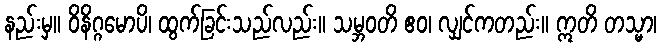
နည်းမှ။ ဝိနိဂ္ဂမောပိ၊ ထွက်ခြင်းသည်လည်း။ သမ္ဘဝတိ ဧဝ၊ လျှင်ကတည်း။ ဣတိ တသ္မာ၊